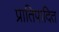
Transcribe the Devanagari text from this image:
प्रातिपादित